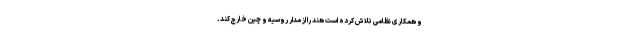
و همکاری نظامی تلاش کرده است هند را از مدار روسیه و چین خارج کند.